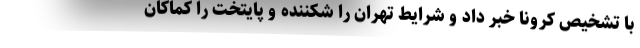
با تشخیص کرونا خبر داد و شرایط تهران را شکننده و پایتخت را کماکان